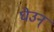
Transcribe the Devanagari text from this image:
घेउन्